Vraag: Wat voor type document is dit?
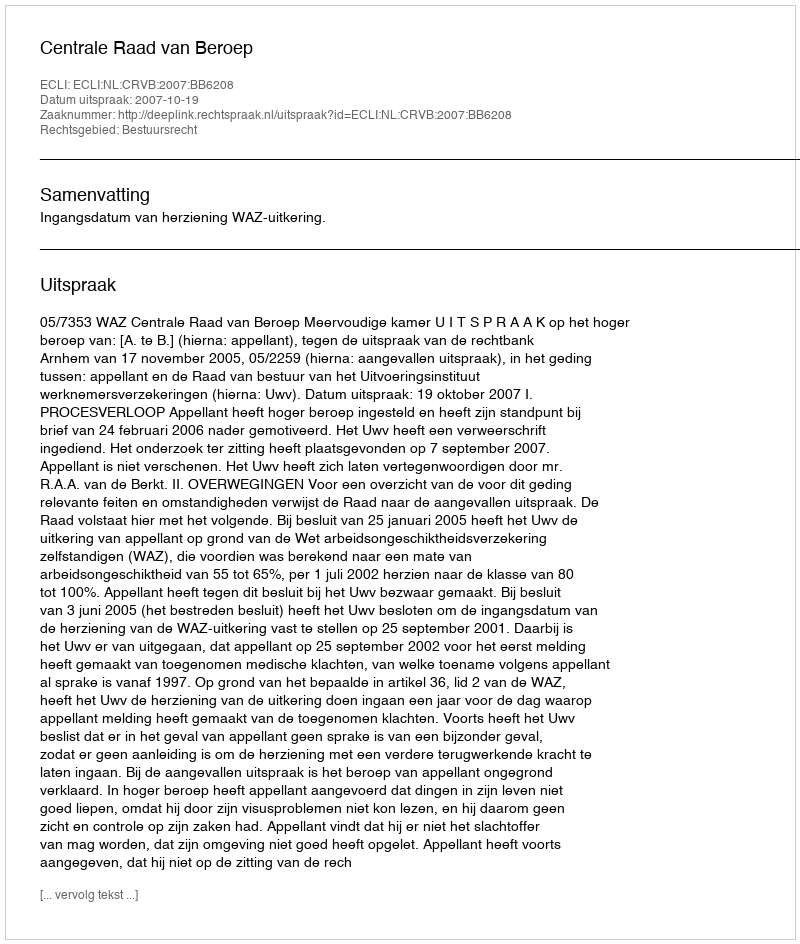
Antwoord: Uitspraak